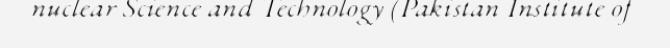
nuclear Science and Technology (Pakistan Institute of